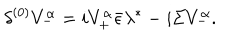
LaTeX: { \delta ^ { ( 0 ) } V _ { - } ^ { \alpha } = i V _ { + } ^ { \alpha } \bar { \epsilon } \lambda ^ { * } - i \Sigma V _ { - } ^ { \alpha } . }